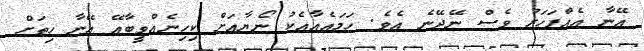
އޭނާ އެއްފަހަރު ވެސް ނޭދޭނެ އެވެ. ހަމައެއާއެކު ނޯޔާއަށް ކިހިނެއްވީބާއޭ އޭނާ ހިތަށް